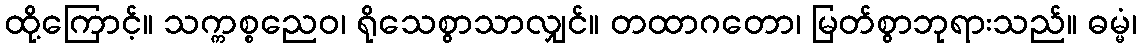
ထို့ကြောင့်။ သက္ကစ္စညေဝ၊ ရိုသေစွာသာလျှင်။ တထာဂတော၊ မြတ်စွာဘုရားသည်။ ဓမ္မံ၊